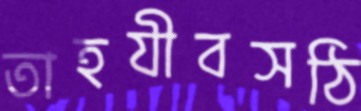
তাহযীবসঠি